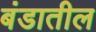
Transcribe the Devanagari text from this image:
बंडातील